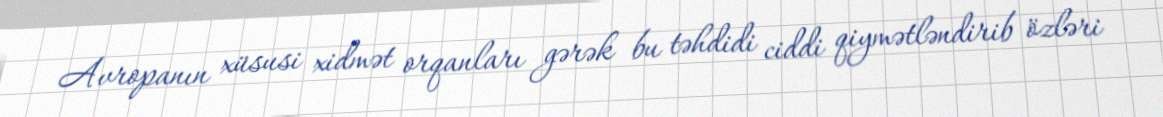
Avropanın xüsusi xidmət orqanları gərək bu təhdidi ciddi qiymətləndirib özləri